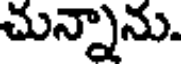
చున్నాను.